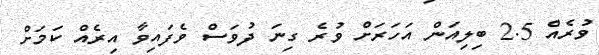
ވުރެއް 2.5 ބިލިއަން އަހަރަށް ވުރެ ގިނަ ދުވަސް ވެފައިވާ އިރެއް ކަމަށް